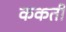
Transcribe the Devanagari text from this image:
ककती